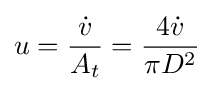
u={\frac {\dot {v}}{A_{t}}}={\frac {4{\dot {v}}}{\pi D^{2}}}